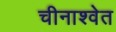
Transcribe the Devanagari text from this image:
चीनाश्वेत